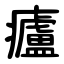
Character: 㿖